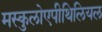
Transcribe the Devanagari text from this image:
मस्कुलोएपीथिलियल